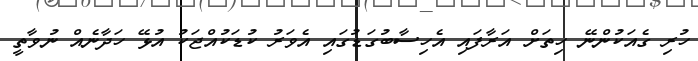
ހުރި ގެއަކުންނޭ ހިތަށް އަރާފައި އެހިސާބުގަޑުގައި އެވަރު ކުޑަކުއްޖަކު އުޅޭ ހަދާނެއް ނުވާތީ